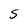
Character: S